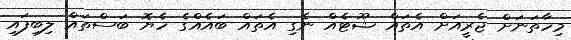
މިހާތަނަށް ޖެރީއަށް އެތައް ޝޫޓެއް ނެގި އެތައް ބައެއްގެ ހެޔޮ ބަސްތައް ލިބިފައި